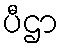
ပီဌာ